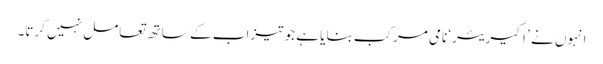
انہوں نے ’ اکیریئر‘ نامی مرکب بنایا ہے جو تیزاب کے ساتھ تعامل نہیں کرتا۔